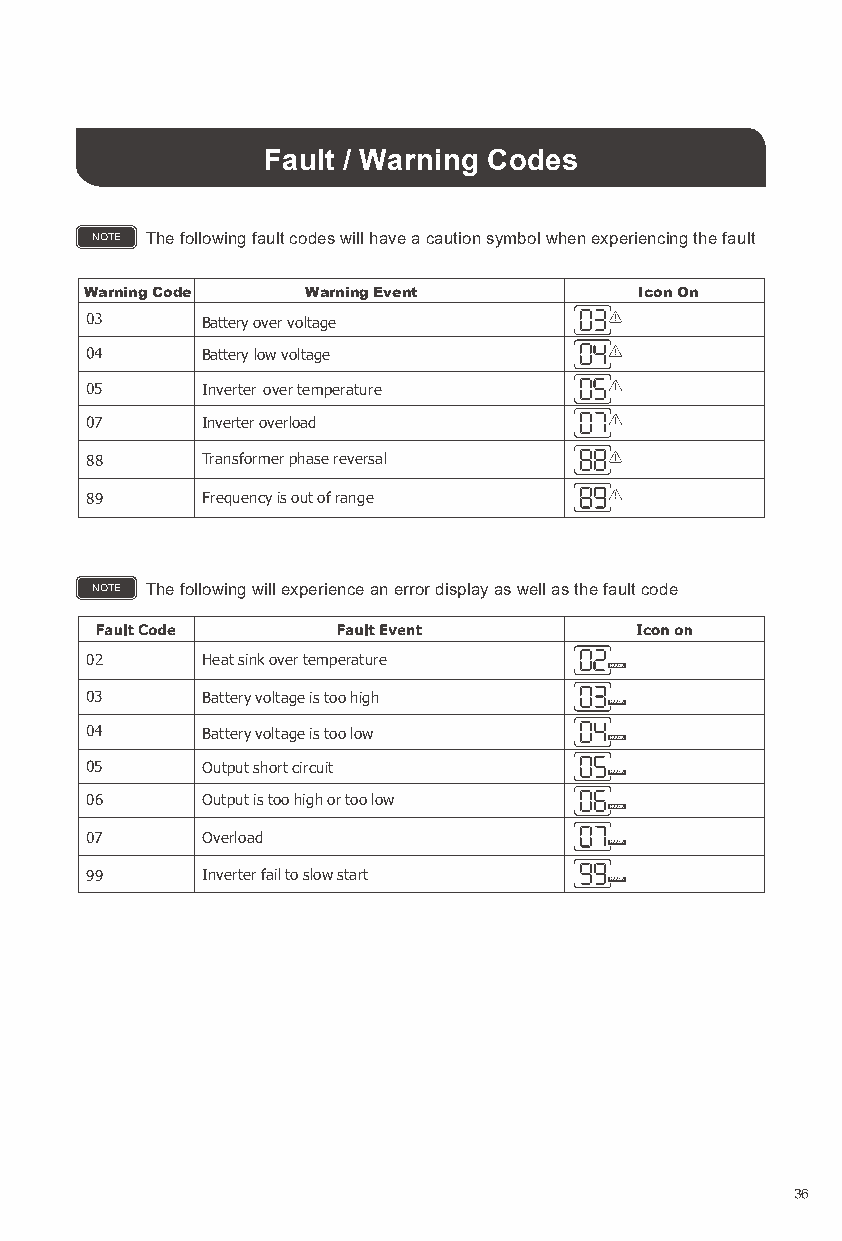
Fault / Warning Codes
 NOTE The following fault codes will have a caution symbol when experiencing the fault
 Warning Code  Warning Event         Icon On
 Battery over voltage
 Battery low voltage
 Inverter over temperature
 Inverter overload
 88     Transformer phase reversal
 89     Frequency is out of range
 NOTE The following will experience an error display as well as the fault code
 02     Heat sink over temperature
 ERROR
 Battery voltage is too high
 ERROR
 Battery voltage is too low ERROR
 Output short circuit
 ERROR
 06     Output is too high or too low
 ERROR
 Overload                   ERROR
 99     Inverter fail to slow start ERROR
 36